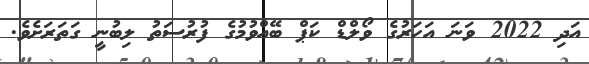
އަދި 2022 ވަނަ އަހަރުގެ ވޯލްޑް ކަޕް ބޭއްވުމުގެ ފުރުސަތު ލިބުނީ ގަތަރަށެވެ.